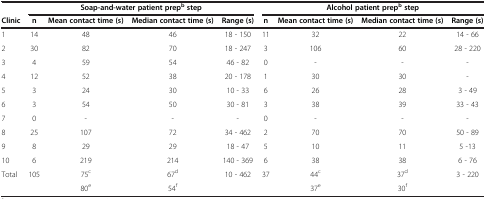
|  | <COLSPAN=4> Soap-and-water patient prepb step | <COLSPAN=4> Alcohol patient prepb step |
 | Clinic | n | Mean contact time (s) | Median contact time (s) | Range (s) | n | Mean contact time (s) | Median contact time (s) | Range (s) |
 | --- | --- | --- | --- | --- | --- | --- | --- | --- |
 | 1 | 14 | 48 | 46 | 18 - 150 | 11 | 32 | 22 | 14 - 66 |
 | 2 | 30 | 82 | 70 | 18 - 247 | 3 | 106 | 60 | 28 - 220 |
 | 3 | 4 | 59 | 54 | 46 - 82 | 0 | - | - | - |
 | 4 | 12 | 52 | 38 | 20 - 178 | 1 | 30 | 30 | - |
 | 5 | 3 | 24 | 30 | 10 - 33 | 6 | 26 | 28 | 3 - 49 |
 | 6 | 3 | 54 | 50 | 30 - 81 | 3 | 38 | 39 | 33 - 43 |
 | 7 | 0 | - | - | - | 0 | - | - | - |
 | 8 | 25 | 107 | 72 | 34 - 462 | 2 | 70 | 70 | 50 - 89 |
 | 9 | 8 | 29 | 29 | 18 - 47 | 5 | 10 | 11 | 5 -13 |
 | 10 | 6 | 219 | 214 | 140 - 369 | 6 | 38 | 38 | 6 - 76 |
 | <ROWSPAN=2> Total | <ROWSPAN=2> 105 | 75c | 67d | <ROWSPAN=2> 10 - 462 | <ROWSPAN=2> 37 | 44c | 37d | <ROWSPAN=2> 3 - 220 |
 | 80e | 54f | 37e | 30f |